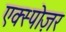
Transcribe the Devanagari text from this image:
एक्स्पोज़र